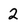
Character: 2